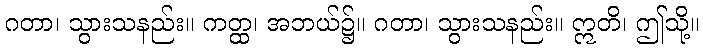
ဂတာ၊ သွားသနည်း။ ကတ္ထ၊ အဘယ်၌။ ဂတာ၊ သွားသနည်း။ ဣတိ၊ ဤသို့။